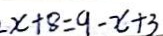
x + 8 = 9 - x + 3